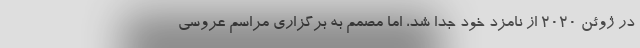
در ژوئن ۲۰۲۰ از نامزد خود جدا شد، اما مصمم به برگزاری مراسم عروسی